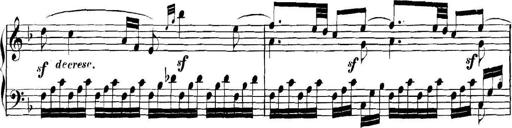
Title: Collected Piano Sonatas
Composer: Muzio Clementi